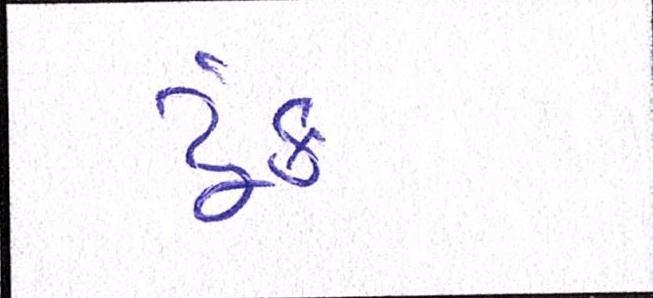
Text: ટૂંક